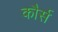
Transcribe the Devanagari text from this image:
कौर्स